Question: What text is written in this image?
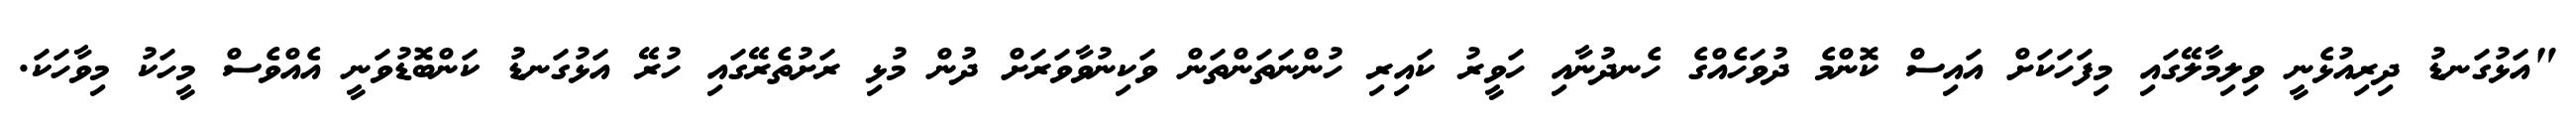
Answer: "އަޅުގަނޑު ދިރިއުޅެނީ ވިލިމާލޭގައި މިފަހަކަށް އައިސް ކޮންމެ ދުވަހެއްގެ ހެނދުނާއި ހަވީރު ކައިރި ހުންނަތަންތަން ވަކިނުވާވަރަށް ދުން މުޅި ރަށުތެރޭގައި ހުރޭ އަޅުގަނޑު ކަންބޮޑުވަނީ އެއްވެސް މީހަކު މިވާހަކަ.